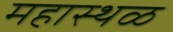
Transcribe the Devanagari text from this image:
महास्थळ